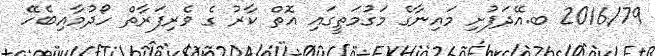
2016/79 ބ.އޭދަފުށި މައިނާގެ މަގުމަތީގައި އޮތް ކާރު ގެ ވެރިފަރާތް ހޯދުމާއިބެހޭ